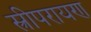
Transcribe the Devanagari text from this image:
स्त्रीपरायण